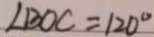
\angle B O C = 1 2 0 ^ { \circ }